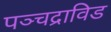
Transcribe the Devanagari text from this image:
पञ्चद्राविड